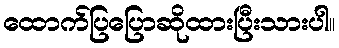
ထောက်ပြပြောဆိုထားပြီးသားပါ။